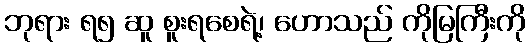
ဘုရား ရ၅ ဆူ စူးရစေရဲ့၊ ဟောသည် ကိုမြကြီးကို